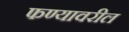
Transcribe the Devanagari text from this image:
फण्यावरील